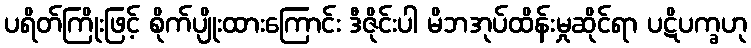
ပရိတ်ကြိုးဖြင့် စိုက်ပျိုးထားကြောင်း ဒီဇိုင်းပါ မိဘအုပ်ထိန်းမှုဆိုင်ရာ ပဋိပက္ခဟု